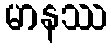
မာနဿ